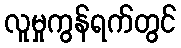
လူမှုကွန်ရက်တွင်